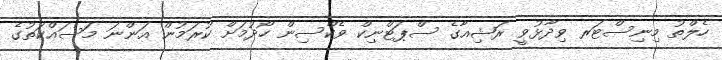
ހެލްތު މިނިސްޓަރ ވިދާޅުވީ ރަޝިއާގެ ސްޕަޓްނިކް ވެކްސިން ހޯދުމަށް ކުރަމުން އަންނަ މަސައްކަތުގެ